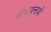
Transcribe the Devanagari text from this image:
संभावनावों